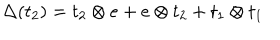
\Delta ( t _ { 2 } ) = t _ { 2 } \otimes e + e \otimes t _ { 2 } + t _ { 1 } \otimes t _ { 1 }